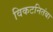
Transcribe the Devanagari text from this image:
विकटनितंबा